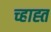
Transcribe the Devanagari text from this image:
च्हाह्त